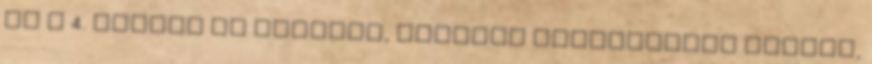
Ez a 4. rajzon is látható, fejlett szellemiség tünete,